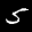
Label: 5